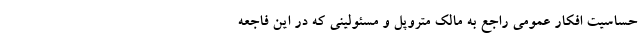
حساسیت افکار عمومی راجع به مالک متروپل و مسئولینی که در این فاجعه